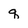
Character: q